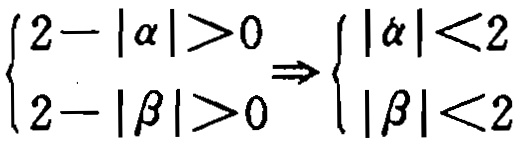
\(\begin{cases}2 - |\alpha|>0 \\ 2 - |\beta|>0\end{cases}\Rightarrow\begin{cases}|\alpha|<2 \\ |\beta|<2\end{cases}\)